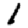
Digit: 1